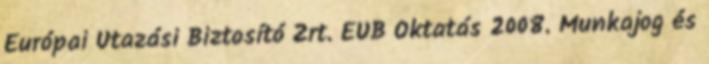
Európai Utazási Biztosító Zrt. EUB Oktatás 2008. Munkajog és